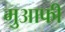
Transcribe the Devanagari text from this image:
मुआफी